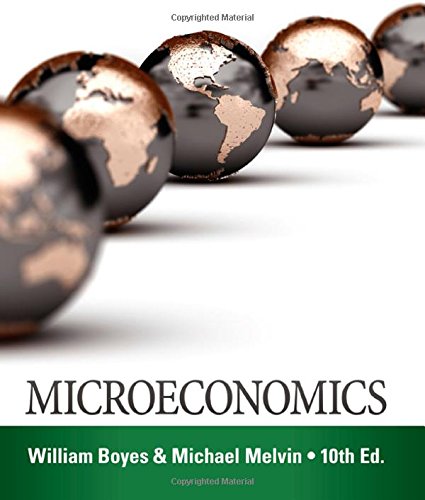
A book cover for Microeconomics; William Boyes; Business & Money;